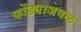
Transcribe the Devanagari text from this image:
फोंड्याजवळ